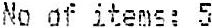
NO OF ITEMS: 5